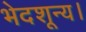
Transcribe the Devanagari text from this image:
भेदशून्य।